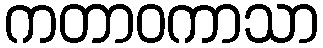
ကတာဝကာသာ